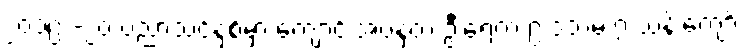
၂၀၁၉ -၂၀ ပညာသင်နှစ်မှာ ကျောင်းအပ်နှံတဲ့ ဦးရေက ၉ ဒသမ ၇ သန်းကျော်